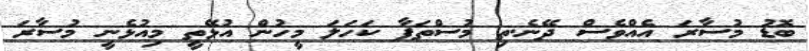
ބޮޑު މުސާރަ އެއްވެސް ދޭނެ.ތި މުސްތަފާ ކަހަލަ މީހުން އުޅޭތީ މިއުޅެނީ މުސާރަ